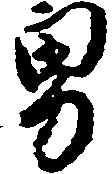
男